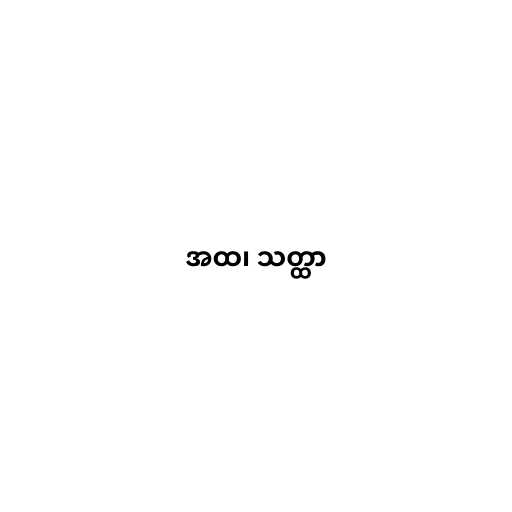
အထ၊ သတ္ထာ